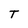
Character: T